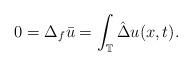
LaTeX: \begin{align*}0=\Delta_f \bar{u}=\int_{\mathbb{T}} \hat \Delta u (x,t).\end{align*}